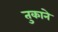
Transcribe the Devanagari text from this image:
तुकाने